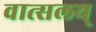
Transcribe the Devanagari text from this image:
वात्सलय्